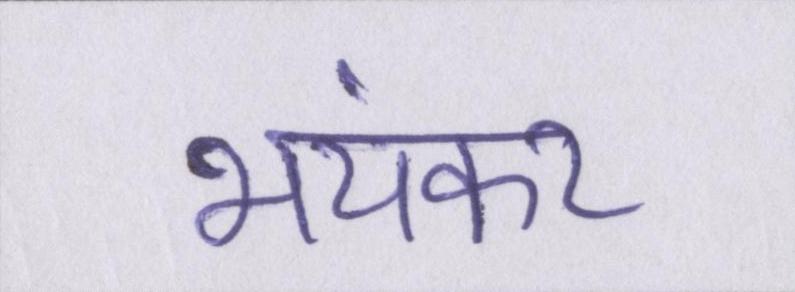
भयंकर